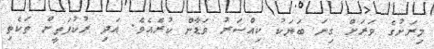
މިރަށުގެ ވަރަށް ގިނަ ބަޔަކު ކިއްސަރު ވަޑާން ކުރެއެވެ. އަދި ރުކުފަތީން ތަކެތި